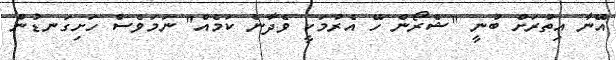
އޭނާ އިތުރަށް ބުނީ "ޝެރޯން ހޭ އެރުމަކީ ވެދާނެ ކަމެއް" ނަމަވެސް ހަށިގަނޑުން